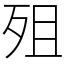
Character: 殂